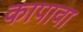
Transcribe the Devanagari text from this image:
कापावा